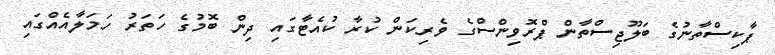
ޕާކިސްތާނުގެ ބަލޫޖިސްތާން ޕްރޮވިންސްގެ ވެރިކަން ކުރާ ކުއެޓާގައި ދިން ބޮމުގެ ހަތަރު ހަމަލާއެއްގައި